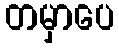
တမှာပေ